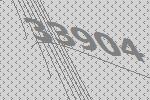
33904